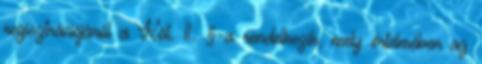
regisztrációjáról a Köt. 11. §-a rendelkezik, mely értelmében az